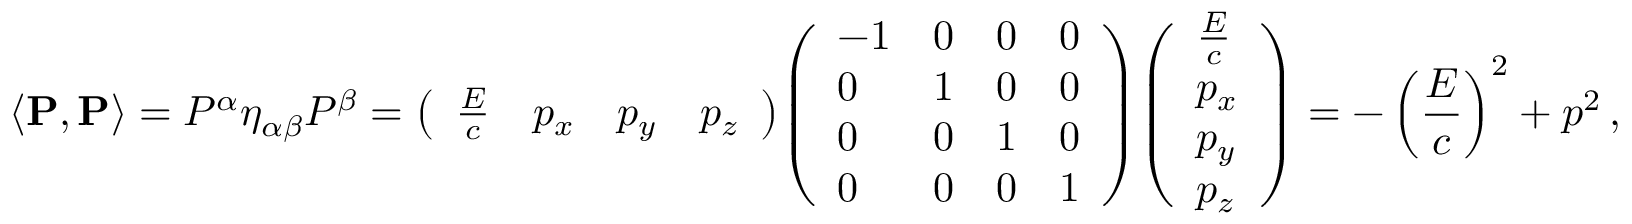
\left\langle \mathbf { P } , \mathbf { P } \right\rangle = P ^ { \alpha } \eta _ { \alpha \beta } P ^ { \beta } = { \left( \begin{array} { l l l l } { { \frac { E } { c } } } & { p _ { x } } & { p _ { y } } & { p _ { z } } \end{array} \right) } { \left( \begin{array} { l l l l } { - 1 } & { 0 } & { 0 } & { 0 } \\ { 0 } & { 1 } & { 0 } & { 0 } \\ { 0 } & { 0 } & { 1 } & { 0 } \\ { 0 } & { 0 } & { 0 } & { 1 } \end{array} \right) } { \left( \begin{array} { l } { { \frac { E } { c } } } \\ { p _ { x } } \\ { p _ { y } } \\ { p _ { z } } \end{array} \right) } = - \left( { \frac { E } { c } } \right) ^ { 2 } + p ^ { 2 } \, ,